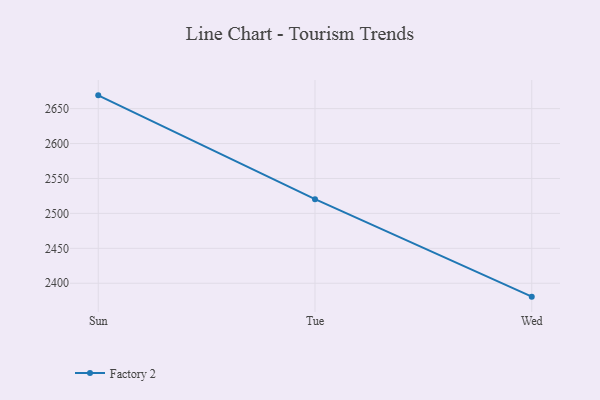
{"axis": {"x": "Day", "y": "Conversion Rate (%)"}, "legend": ["Factory 2"], "data": [{"x": "Sun", "y": 2669.0, "type": "Factory 2"}, {"x": "Tue", "y": 2520.3, "type": "Factory 2"}, {"x": "Wed", "y": 2380.8, "type": "Factory 2"}]}